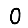
Digit: 0